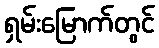
ရှမ်းမြောက်တွင်